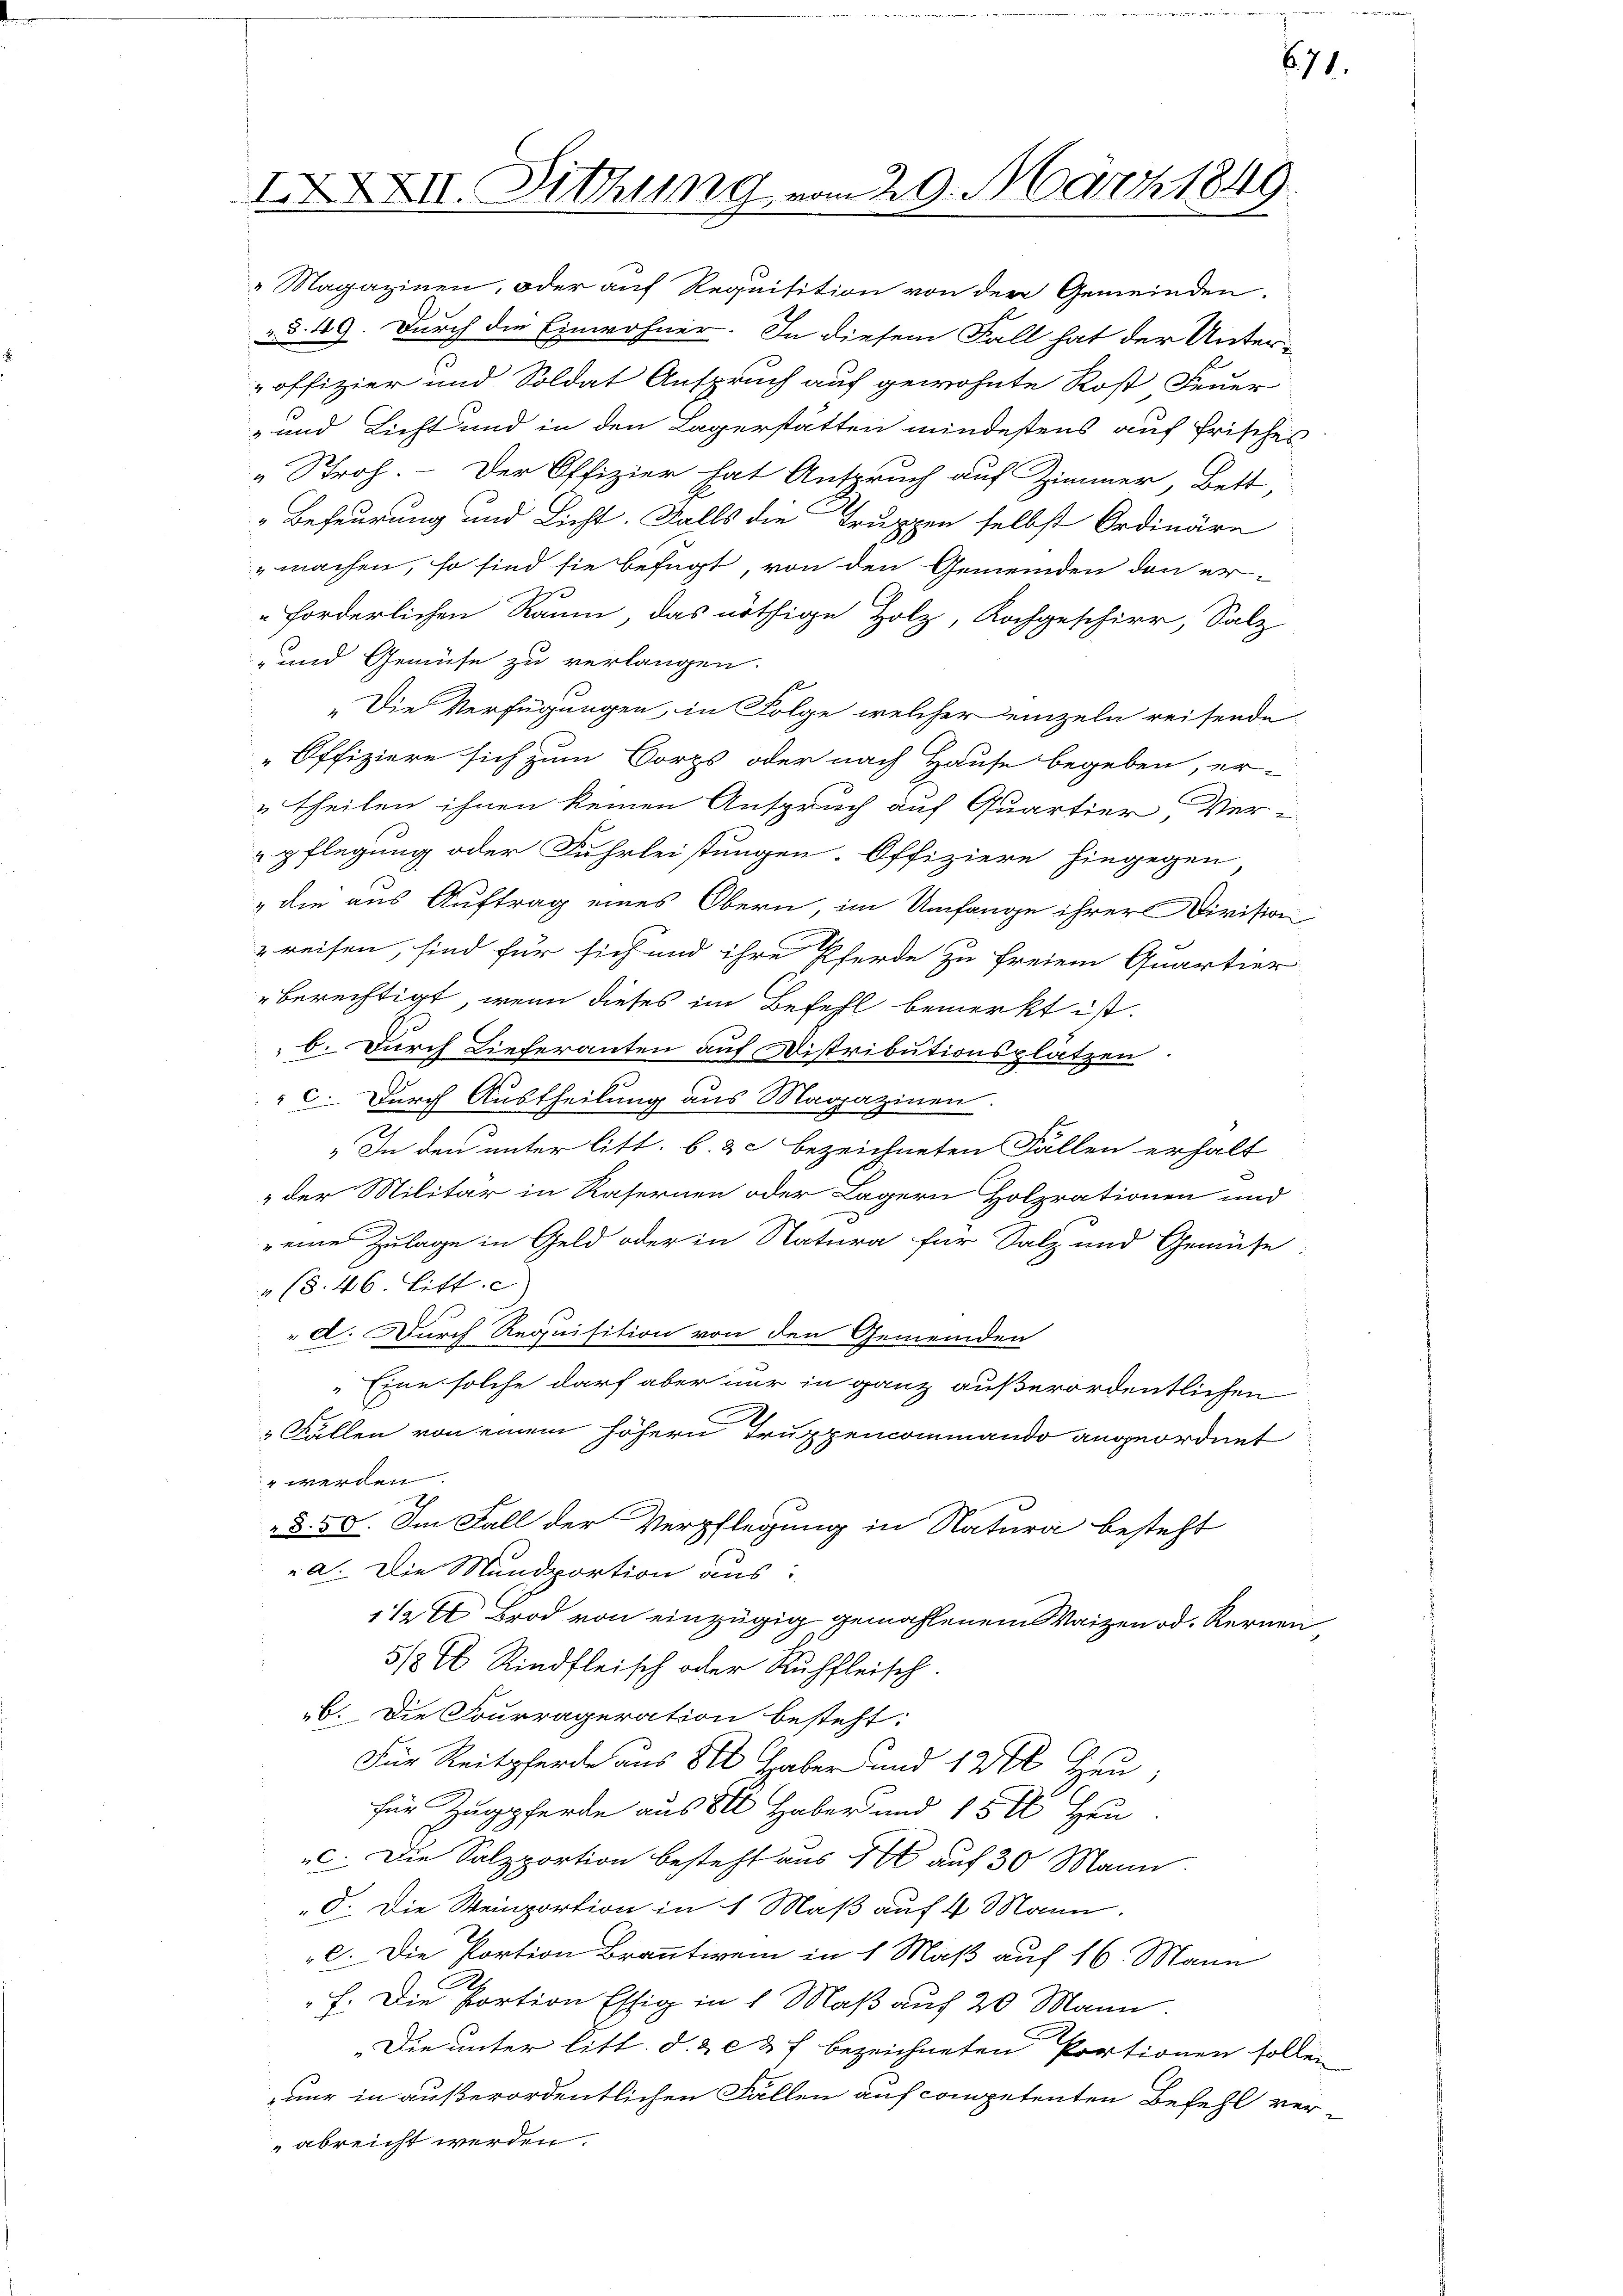
IXXXII. Sitzung vom 29. März 1849.

Magazinen, oder auf Requisition von der Gemeinden
§. 49. Durch die Einwohner. In diesem Fall hat der Unter-
offizier und Soldat Anspruch auf gewohnte Rost Feuer
- und Licht und in den Lagerstatten mindestens auf frisches
„Stroh. - Der Offizier hat Anspruch auf Zimmer, Bett,
Befeurung und Licht. Falls die Truppen selbst Ordinäre
 machen, so sind sie befugt, von den Gemeinden den er-
"forderlichen Raum, das nöthige Holz, Rochgeschirr, Salz
- und Gemüse zu verlangen.
„Die Verfügungen, in Folge welcher einzeln reifende
Offiziere sich zum Corps oder nach Hause begeben, er-
„theilen ihnen keinen Anspruch auf Quartier, Ver-
pflegung oder Fuhrleistungen. Offiziere hingegen,
" die aus Auftrag eines Obern, im Umfange ihrer Division
reisen, sind für sich und ihre Pferde zu freiem Quartier
berechtigt, wenn dieses im Befehl bemerkt ist.
b. Durch Lieferanten auf Distributionsplätzen.
C. Durch Austheilung aus Magazinen.
„In den unter litt. b. & c bezeichneten Fällen erhalt
" der Militär in Kasernen oder Lagern Holzrationen und
" eine Zulage in Geld oder in Natura für Salz und Gemüse
" (§ 46 Litt. c
" d. Durch Requisition von den Gemeinden
" Eine solche darf aber nur in ganz außerordentlichen
Fällen von einem höhern Truppencommando angeordnet
" werden.
§. 58. Im Fall der Verpflegung in Natura besteht
a. Die Mundportion aus:
11 Brod von einzügig gemahlenem Waizen od. Kernen
5/8 l Rindfleisch oder Ruffleisch.
ab. Die Fourrageration besteht:
Für Reitpferde aus 80 Haber und 120 Gr
für Zugpferde aus 800 Haber und 15 t Heu
". Die Salzportion besteht aus 14 auf 30 Mann
O. Die Steinportion in 1 Maß auf 4 Mann.
2. Die Portion Branntwein in 1 Maß auf 16. Mann
h. Die Portion Essig in 1 Maß auf 20 Mann.
„Die unter litt. d. & c & f bezeichneten Portionen sollen
nur in außerordentlichen Fällen auf competenten Befehl verabreicht werden.

671.